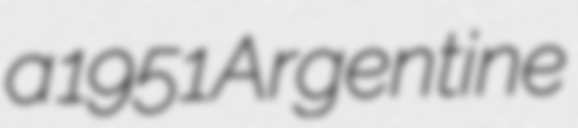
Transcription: a 1951 Argentine